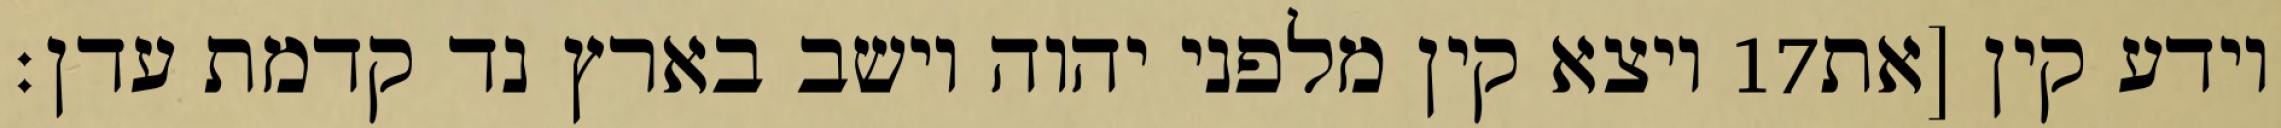
ויצא קין מלפני יהוה וישב בארץ נד קדמת עדן׃ ‎17‏ וידע קין [את